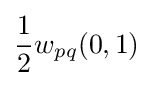
{\frac {1}{2}}w_{pq}(0,1)